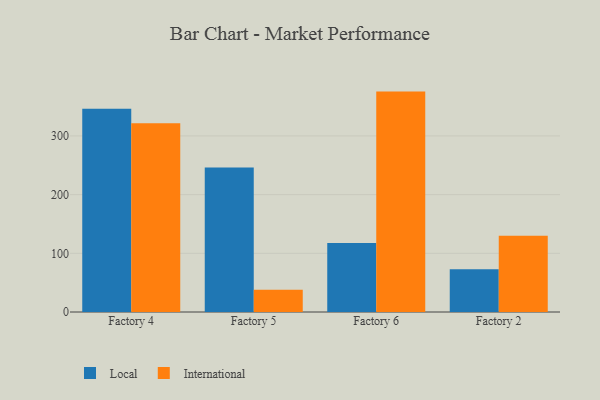
{"axis": {"x": "Factory", "y": "Tickets Resolved"}, "legend": ["International", "Local"], "data": [{"x": "Factory 4", "y": 346.3, "type": "Local"}, {"x": "Factory 4", "y": 321.5, "type": "International"}, {"x": "Factory 5", "y": 246.0, "type": "Local"}, {"x": "Factory 5", "y": 37.7, "type": "International"}, {"x": "Factory 6", "y": 117.7, "type": "Local"}, {"x": "Factory 6", "y": 375.5, "type": "International"}, {"x": "Factory 2", "y": 72.9, "type": "Local"}, {"x": "Factory 2", "y": 129.9, "type": "International"}]}